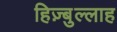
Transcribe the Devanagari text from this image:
हिज़्बुल्लाह